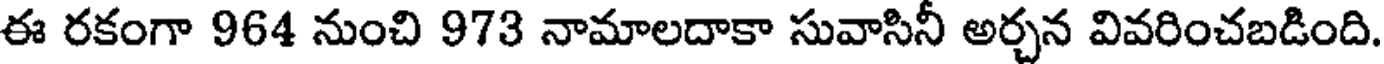
ఈ రకంగా 964 నుంచి 973 నామాలదాకా సువాసినీ అర్చన వివరించబడింది